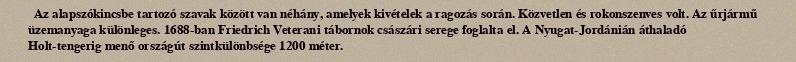
Az alapszókincsbe tartozó szavak között van néhány, amelyek kivételek a ragozás során. Közvetlen és rokonszenves volt. Az űrjármű üzemanyaga különleges. 1688-ban Friedrich Veterani tábornok császári serege foglalta el. A Nyugat-Jordánián áthaladó Holt-tengerig menő országút szintkülönbsége 1200 méter.